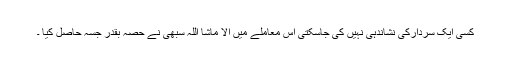
کسی ایک سردارکی نشاندہی نہیں کی جاسکتی اس معاملے میں الا ماشا اللہ سبھی نے حصہ بقدر جسہ حاصل کیا ۔